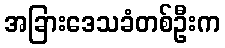
အခြားဒေသခံတစ်ဦးက